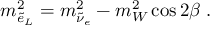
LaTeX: m _ { \tilde { e } _ { L } } ^ { 2 } = m _ { \tilde { \nu } _ { e } } ^ { 2 } - m _ { W } ^ { 2 } \cos 2 \beta \; .